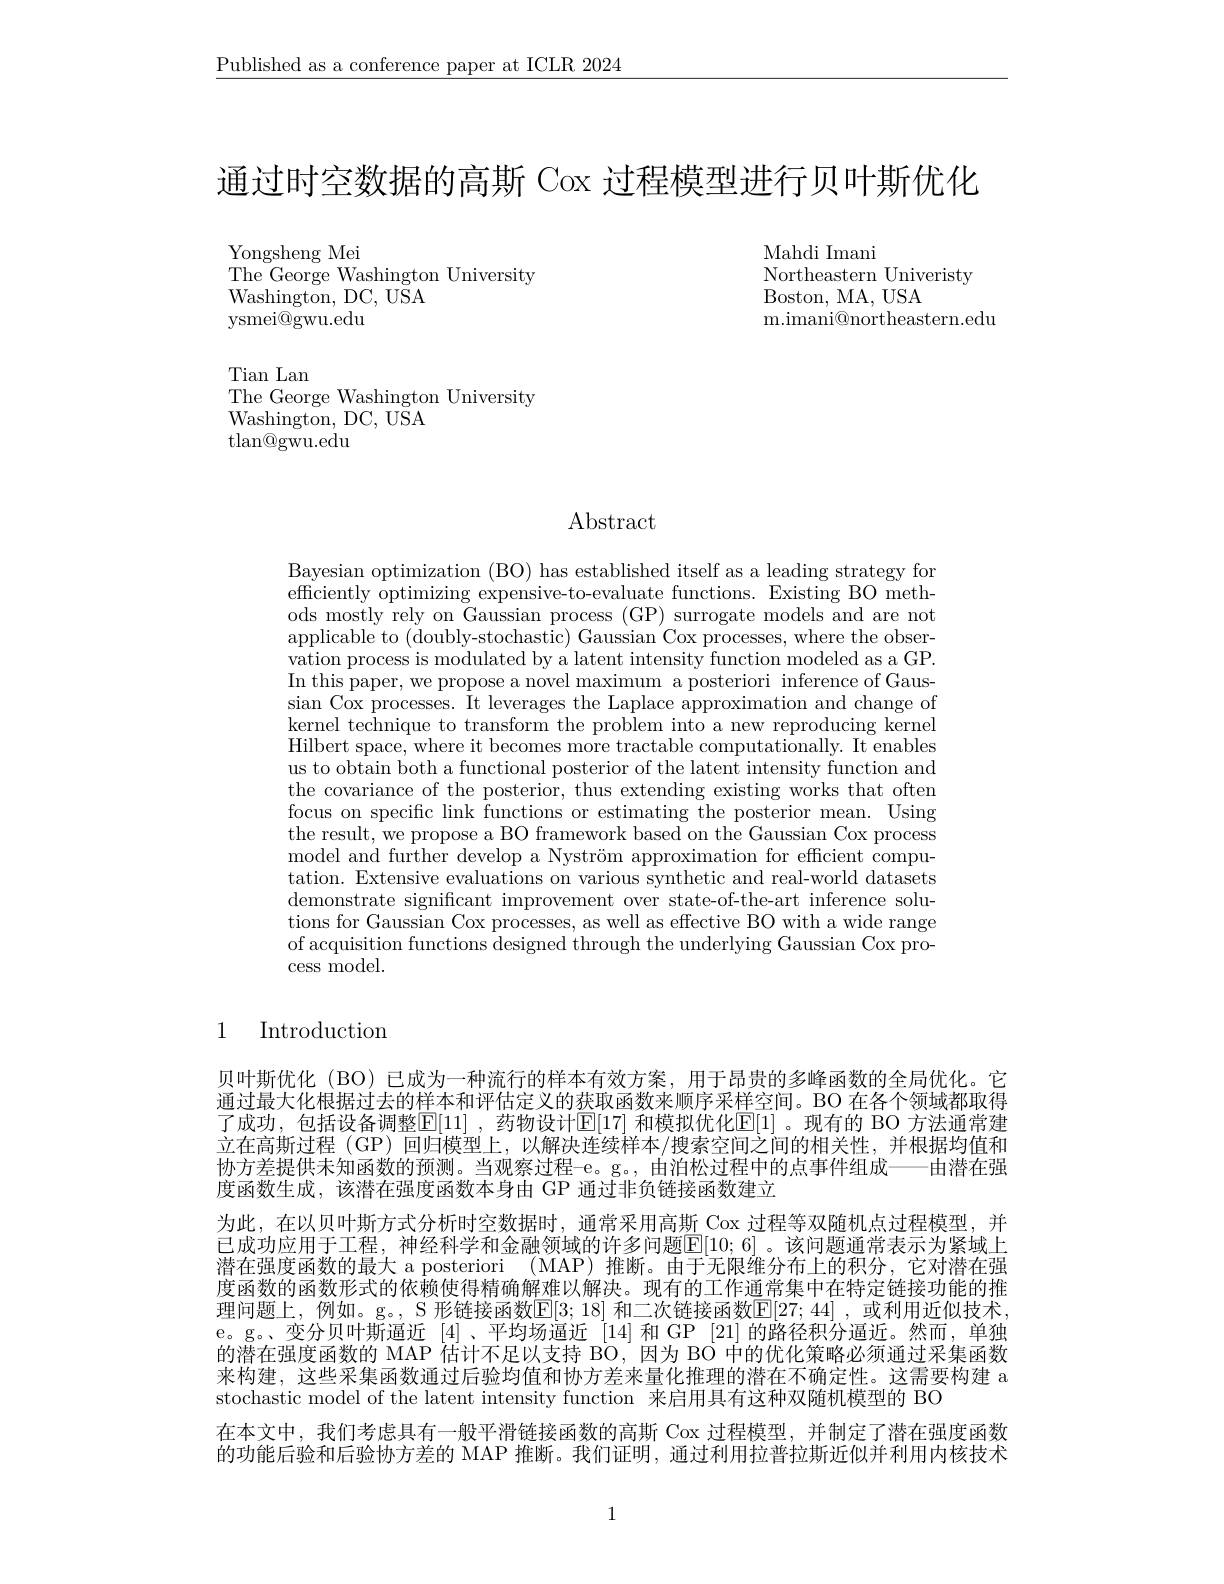
$\underline{\text{Published as a conference paper at ICLR 2024}}$

通过时空数据的高斯 Cox 过程模型进行贝叶斯优化

Mahdi Imani
$\mathop{\mathrm{Northeastern~Univeristy}}$
Boston, MA, USA
m.imani@northeastern.edu

Yongsheng Mei
The George Washington University
Washington, DC, USA
ysmei@gwu.edu

$\mathop{\mathrm{Tian~Lan}}$
The George Washington University
Washington, DC, USA
$\operatorname{tlan@gwu.edu}$

Abstract

Bayesian optimization (BO) has established itself as a leading strategy for efficiently optimizing expensive-to-evaluate functions. Existing BO methods mostly rely on Gaussian process (GP) surrogate models and are not applicable to (doubly-stochastic) Gaussian Cox processes, where the observation process is modulated by a latent intensity function modeled as a GP. In this paper, we propose a novel maximum a posteriori inference of Gaussian Cox processes. It leverages the Laplace approximation and change of kernel technique to transform the problem into a new reproducing kernel Hilbert space, where it becomes more tractable computationally. It enables us to obtain both a functional posterior of the latent intensity function and the covariance of the posterior, thus extending existing works that often focus on specific link functions or estimating the posterior mean. Using the result, we propose a BO framework based on the Gaussian Cox process model and further develop a Nyström approximation for efficient computation. Extensive evaluations on various synthetic and real-world datasets demonstrate significant improvement over state-of-the-art inference solutions for Gaussian Cox processes, as well as effective BO with a wide range of acquisition functions designed through the underlying Gaussian Cox process model.

## 1 Introduction

贝叶斯优化 (BO) 已成为一种流行的样本有效方案，用于昂贵的多峰函数的全局优化。它通过最大化根据过去的样本和评估定义的获取函数来顺序采样空间。BO 在各个领域都取得了成功，包括设备调整$\mathbb{E}[11]$ ,药物设计$\mathbb{E}[17]$ 和模拟优化$\mathbb{E}[1]$ 。现有的 BO 方法通常建立在高斯过程 (GP) 回归模型上，以解决连续样本/搜索空间之间的相关性，并根据均值和协方差提供未知函数的预测。当观察过程-e。g。, 由泊松过程中的点事件组成——由潜在强度函数生成，该潜在强度函数本身由 GP 通过非负链接函数建立
为此，在以贝叶斯方式分析时空数据时，通常采用高斯 Cox 过程等双随机点过程模型，并已成功应用于工程，神经科学和金融领域的许多问题$\overline{\mathbb{E}}[10;6]$。该问题通常表示为紧域上潜在强度函数的最大 a posteriori (MAP)推断。由于无限维分布上的积分，它对潜在强度函数的函数形式的依赖使得精确解难以解决。现有的工作通常集中在特定链接功能的推理问题上，例如。g。, S 形链接函数$[\mathbb{E}[3;18]$ 和二次链接函数$\mathbb{E}[27;44]$ ,或利用近似技术， e。g。、变分贝叶斯逼近[4]、平均场逼近[14]和 GP $[21]\bar{\text{ 的路径积分逼近。然而，单独}}$ 的潜在强度函数的 MAP 估计不足以支持 BO, 因为 BO 中的优化策略必须通过采集函数来构建，这些采集函数通过后验均值和协方差来量化推理的潜在不确定性。这需要构建 a stochastic model of the latent intensity function 来启用具有这种双随机模型的 BO
在本文中，我们考虑具有一般平滑链接函数的高斯 Cox 过程模型，并制定了潜在强度函数的功能后验和后验协方差的 MAP 推断。我们证明，通过利用拉普拉斯近似并利用内核技术

1